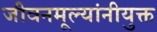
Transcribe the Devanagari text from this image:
जीवनमूल्यांनीयुक्त